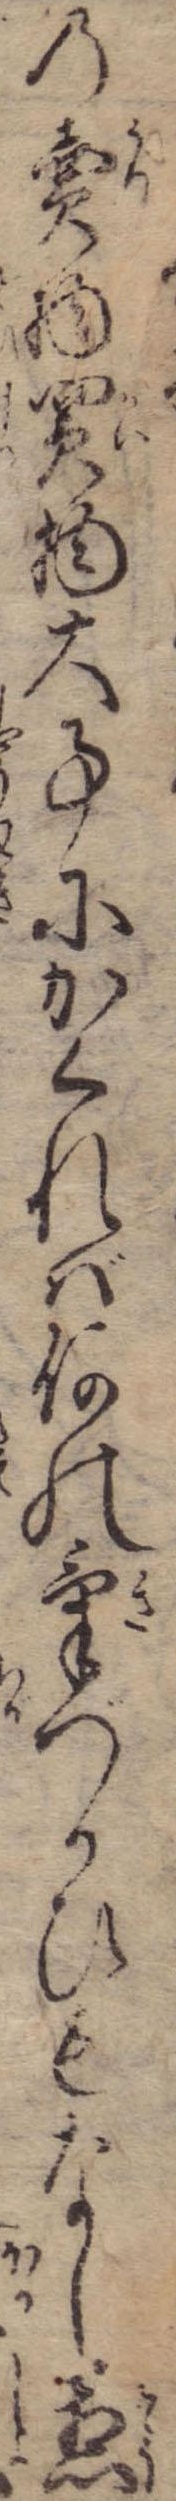
の売物買物大事にかくれば何の気づかひもなし惣